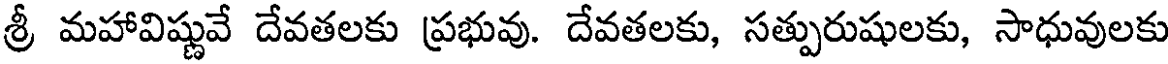
శ్రీ మహావిష్ణువే దేవతలకు ప్రభువు. దేవతలకు, సత్పురుషులకు, సాధువులకు